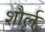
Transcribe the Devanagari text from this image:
शौर्ल